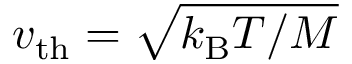
v _ { \mathrm { t h } } = \sqrt { k _ { \mathrm { B } } T / M }